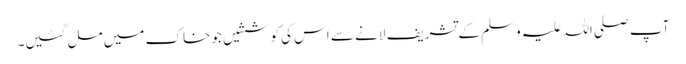
آپ صلی اللہ علیہ وسلم کے تشریف لانے سے اس کی کوششیں جو خاک میں مل گئیں۔